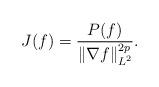
LaTeX: \begin{align*} J(f)=\frac{P(f)}{\|\nabla f\|_{L^2}^{2p}}. \end{align*}